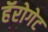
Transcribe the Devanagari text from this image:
हॅरोगेट